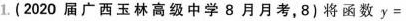
1.(2020届广西玉林高级中学8月月考，8)将函数$$y =$$